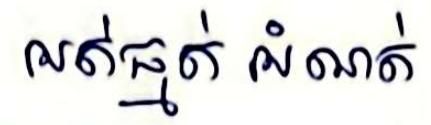
អត់ធ្មត់ អំណត់